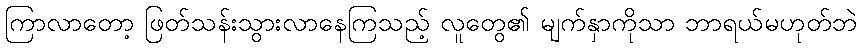
ကြာလာတော့ ဖြတ်သန်းသွားလာနေကြသည့် လူတွေ၏ မျက်နှာကိုသာ ဘာရယ်မဟုတ်ဘဲ